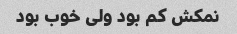
نمکش کم بود ولی خوب بود